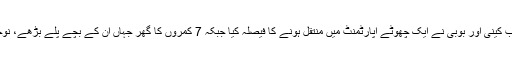
آسان الفاظ میں سب نے اسکول سے گریجوٹ کیا اور اب کینی اور بوبی نے ایک چھوٹے اپارٹمنٹ میں منتقل ہونے کا فیصلہ کیا جبکہ 7 کمروں کا گھر جہاں ان کے بچے پلے بڑھے، نوجوان ماﺅں کی مدد کرنے والے ایک ادارے کو دے دیا۔